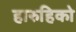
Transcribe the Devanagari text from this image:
हारुहिको